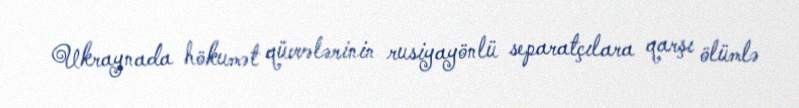
Ukraynada hökumət qüvvələrinin rusiyayönlü separatçılara qarşı ölümlə